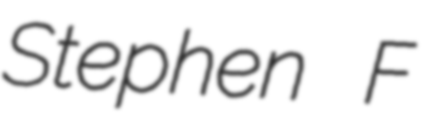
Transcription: Stephen F